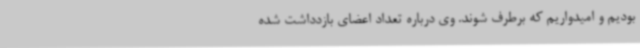
بودیم و امیدواریم که برطرف شوند. وی درباره تعداد اعضای بازدداشت شده